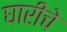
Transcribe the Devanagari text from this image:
घारीचे